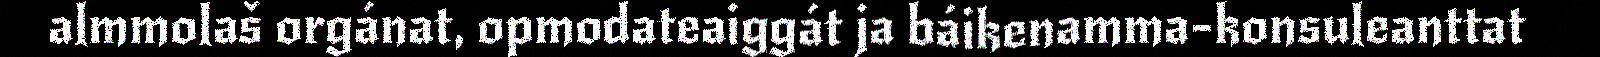
almmolaš orgánat, opmodateaiggát ja báikenamma-konsuleanttat